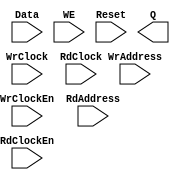
// --------------------------------------------------------------------
// >>>>>>>>>>>>>>>>>>>>>>>>> COPYRIGHT NOTICE <<<<<<<<<<<<<<<<<<<<<<<<<
// --------------------------------------------------------------------
// Copyright (c) 2005 by Lattice Semiconductor Corporation
// --------------------------------------------------------------------
//
//
//                     Lattice Semiconductor Corporation
//                     5555 NE Moore Court
//                     Hillsboro, OR 97214
//                     U.S.A.
//
//                     TEL: 1-800-Lattice  (USA and Canada)
//                          1-408-826-6000 (other locations)
//
//                     web: http://www.latticesemi.com/
//
// --------------------------------------------------------------------
//
// Synthesis Black Box definition for PMI Blocks

module pmi_distributed_dpram 
  #(parameter pmi_addr_depth = 64,
    parameter pmi_addr_width = 6,
    parameter pmi_data_width = 8,
    parameter pmi_regmode = "reg",
    parameter pmi_init_file = "none",
    parameter pmi_init_file_format = "binary",
    parameter pmi_family = "EC",
    parameter module_type = "pmi_distributed_dpram")

    (
    input [(pmi_addr_width-1):0] WrAddress,
    input [(pmi_data_width-1):0] Data,
    input WrClock,
    input WE,
    input WrClockEn,
    input [(pmi_addr_width-1):0] RdAddress,
    input RdClock,
    input RdClockEn,
    input Reset,
    output [(pmi_data_width-1):0] Q)/* synthesis syn_black_box */;

endmodule // pmi_distributed_dpram

module pmi_distributed_rom
  #(parameter pmi_addr_depth = 64,
    parameter pmi_addr_width = 6,
    parameter pmi_data_width = 8,
    parameter pmi_regmode = "reg",
    parameter pmi_init_file = "none",
    parameter pmi_init_file_format = "binary",
    parameter pmi_family = "EC",
    parameter module_type = "pmi_distributed_rom")
    (
     input [(pmi_addr_width-1):0] Address,
     input OutClock,
     input OutClockEn,
     input Reset,
     output [(pmi_data_width-1):0] Q)/* synthesis syn_black_box */;
   
endmodule // pmi_distributed_rom


module pmi_distributed_spram 
  #(parameter pmi_addr_depth = 64,
    parameter pmi_addr_width = 6,
    parameter pmi_data_width = 8,
    parameter pmi_regmode = "reg",
    parameter pmi_init_file = "none",
    parameter pmi_init_file_format = "binary",
    parameter pmi_family = "EC",
    parameter module_type = "pmi_distributed_spram")

    (
     input [(pmi_addr_width-1):0] Address,
     input [(pmi_data_width-1):0] Data,
     input Clock,
     input ClockEn,
     input WE,
     input Reset,
     output [(pmi_data_width-1):0] Q)/* synthesis syn_black_box */;

endmodule // pmi_distributed_spram

module pmi_distributed_shift_reg
  #(parameter pmi_data_width = 16,
    parameter pmi_regmode = "reg",
    parameter pmi_shiftreg_type = "fixed",
    parameter pmi_num_shift = 16,
    parameter pmi_num_width = 4,
    parameter pmi_max_shift = 16,
    parameter pmi_max_width = 4,
    parameter pmi_init_file = "none",
    parameter pmi_init_file_format = "binary",
    parameter pmi_family = "EC",
    parameter module_type = "pmi_distributed_shift_reg")
  
    (
     input [(pmi_data_width-1):0] Din,
     input [(pmi_max_width-1):0] Addr,
     input Clock,
     input ClockEn,
     input Reset,
     output [(pmi_data_width-1):0] Q)/*synthesis syn_black_box*/;

endmodule // pmi_distributed_shift_reg

module pmi_mult #(parameter pmi_dataa_width = 8, 
	       parameter pmi_datab_width = 8,
	       parameter module_type = "pmi_mult",
	       parameter pmi_sign = "on",
	       parameter pmi_additional_pipeline = 1,
	       parameter pmi_input_reg = "on",
	       parameter pmi_output_reg = "on",
	       parameter pmi_family = "ECP2",
	       parameter pmi_implementation = "DSP")

	      (input   [(pmi_dataa_width-1):0]  DataA,
	       input   [(pmi_datab_width-1):0]  DataB,
	       input   Clock, ClkEn, Aclr,
	       output  [(pmi_dataa_width + pmi_datab_width - 1):0]  Result)/*synthesis syn_black_box*/;

endmodule // pmi_mult

module pmi_mac #(parameter pmi_dataa_width = 8,
	       parameter pmi_datab_width = 8,
	       parameter pmi_accum_width = 32,
	       parameter module_type = "pmi_mac",
	       parameter pmi_sign = "on",
	       parameter pmi_additional_pipeline = 1,
	       parameter pmi_add_sub = "add",
	       parameter pmi_input_reg = "on",
	       parameter pmi_family = "ECP2",
	       parameter pmi_implementation = "DSP")

	      (input   [(pmi_dataa_width - 1):0]  DataA,
	       input   [(pmi_datab_width - 1):0]  DataB,
	       input   Clock, ClkEn, Aclr,
	       output  [(pmi_accum_width - 1):0]  Result)/*synthesis syn_black_box*/;

endmodule // pmi_mac

module pmi_multaddsub #(parameter pmi_dataa_width = 8, 
	       parameter pmi_datab_width = 8,
	       parameter module_type = "pmi_multaddsub",
	       parameter pmi_sign = "on",
	       parameter pmi_additional_pipeline = 1,
	       parameter pmi_add_sub = "add",
	       parameter pmi_input_reg = "on",
	       parameter pmi_output_reg = "on",
	       parameter pmi_family = "ECP2",
	       parameter pmi_implementation = "DSP")

	      (input   [(pmi_dataa_width-1):0]  DataA0,
	       input   [(pmi_dataa_width-1):0]  DataA1,
	       input   [(pmi_datab_width-1):0]  DataB0,
	       input   [(pmi_datab_width-1):0]  DataB1,
	       input   Clock, ClkEn, Aclr,
	       output  [(pmi_dataa_width + pmi_datab_width):0]  Result)/*synthesis syn_black_box*/;

endmodule // pmi_multaddsub

module pmi_multaddsubsum #(parameter pmi_dataa_width = 8, 
	       parameter pmi_datab_width = 8,
	       parameter module_type = "pmi_multaddsubsum",
	       parameter pmi_sign = "on",
	       parameter pmi_additional_pipeline = 1,
	       parameter pmi_add_sub0 = "add",
	       parameter pmi_add_sub1 = "add",
	       parameter pmi_input_reg = "on",
	       parameter pmi_output_reg = "on",
	       parameter pmi_family = "ECP2",
	       parameter pmi_implementation = "DSP")

	      (input   [(pmi_dataa_width-1):0]  DataA0,
	       input   [(pmi_dataa_width-1):0]  DataA1,
	       input   [(pmi_dataa_width-1):0]  DataA2,
	       input   [(pmi_dataa_width-1):0]  DataA3,
	       input   [(pmi_datab_width-1):0]  DataB0,
	       input   [(pmi_datab_width-1):0]  DataB1,
	       input   [(pmi_datab_width-1):0]  DataB2,
	       input   [(pmi_datab_width-1):0]  DataB3,
	       input   Clock, ClkEn, Aclr,
	       output  [(pmi_dataa_width + pmi_datab_width + 1):0]  Result)/*synthesis syn_black_box*/;

endmodule // pmi_multaddsubsum

module pmi_add 
  #(parameter pmi_data_width = 8,
    parameter pmi_result_width = 8,
    parameter pmi_sign = "off",
    parameter pmi_family = "EC",
    parameter module_type = "pmi_add"
    )

    (
     input [pmi_data_width-1:0] DataA,
     input [pmi_data_width-1:0] DataB,
     input Cin,
     output [pmi_data_width-1:0] Result,
     output Cout,
     output Overflow)/*synthesis syn_black_box */;
endmodule // pmi_add

module pmi_sub 
  #(parameter pmi_data_width = 8,
    parameter pmi_result_width = 8,
    parameter pmi_sign = "off",
    parameter pmi_family = "EC",
    parameter module_type = "pmi_sub"
    )
    
    (
     input [pmi_data_width-1:0] DataA,
     input [pmi_data_width-1:0] DataB,
     input Cin,
     output [pmi_data_width-1:0] Result,
     output Cout,
     output Overflow)/*synthesis syn_black_box */;
endmodule // pmi_sub

module pmi_counter 
  #(parameter pmi_data_width = 8,
    parameter pmi_updown = "up",
    parameter pmi_family = "EC",
    parameter module_type = "pmi_counter"
    )

  (
   input Clock,
   input Clk_En,
   input Aclr,
   input UpDown,
   output [pmi_data_width-1:0] Q)/*synthesis syn_black_box */;
endmodule // pmi_counter

module pmi_addsub #(parameter pmi_data_width = 8,
		    parameter pmi_result_width = 8,
		    parameter pmi_sign = "off",
		    parameter pmi_family = "EC",
		    parameter module_type = "pmi_addsub"
		    )
  
  (
   input [pmi_data_width-1:0] DataA,
   input [pmi_data_width-1:0] DataB,
   input Cin,
   input Add_Sub,
   output [pmi_data_width-1:0] Result,
   output Cout,
   output Overflow)/*synthesis syn_black_box */;
endmodule // pmi_addsub

module pmi_ram_dp
  #(parameter pmi_wr_addr_depth = 512,
    parameter pmi_wr_addr_width = 9,
    parameter pmi_wr_data_width = 18,
    parameter pmi_rd_addr_depth = 512,
    parameter pmi_rd_addr_width = 9,
    parameter pmi_rd_data_width = 18,
    parameter pmi_regmode = "reg",
    parameter pmi_gsr = "enable",
    parameter pmi_resetmode = "async",
    parameter pmi_init_file = "none",
    parameter pmi_init_file_format = "binary",
    parameter pmi_family = "EC",
    parameter module_type = "pmi_ram_dp")
    
    (input [(pmi_wr_data_width-1):0] Data,
     input [(pmi_wr_addr_width-1):0] WrAddress,
     input [(pmi_rd_addr_width-1):0] RdAddress,
     input  WrClock,
     input  RdClock,
     input  WrClockEn,
     input  RdClockEn,
     input  WE,
     input  Reset,
     output [(pmi_rd_data_width-1):0]  Q);/*synthesis syn_black_box */

endmodule // pmi_ram_dp

module pmi_ram_dp_true
  #(parameter pmi_addr_depth_a = 512,
    parameter pmi_addr_width_a = 9,
    parameter pmi_data_width_a = 18,
    parameter pmi_addr_depth_b = 512,
    parameter pmi_addr_width_b = 9,
    parameter pmi_data_width_b = 18,
    parameter pmi_regmode_a = "reg",
    parameter pmi_regmode_b = "reg",
    parameter pmi_gsr = "enable",
    parameter pmi_resetmode = "async",
    parameter pmi_init_file = "none",
    parameter pmi_init_file_format = "binary",
    parameter pmi_write_mode_a = "normal",
    parameter pmi_write_mode_b = "normal",
    parameter pmi_family = "EC",
    parameter module_type = "pmi_ram_dp_true")
  
    (input [(pmi_data_width_a-1):0]	DataInA,
     input [(pmi_data_width_b-1):0]	DataInB,
     input [(pmi_addr_width_a-1):0] AddressA,
     input [(pmi_addr_width_b-1):0] AddressB,
     input  ClockA,
     input  ClockB,
     input  ClockEnA,
     input  ClockEnB,
     input  WrA,
     input  WrB,
     input  ResetA,
     input  ResetB,
     output [(pmi_data_width_a-1):0]  QA,
     output [(pmi_data_width_b-1):0]  QB)/*synthesis syn_black_box */;
   
endmodule // pmi_ram_dp_true

module pmi_ram_dq
  #(parameter pmi_addr_depth = 512,
    parameter pmi_addr_width = 9,
    parameter pmi_data_width = 18,
    parameter pmi_regmode = "reg",
    parameter pmi_gsr = "enable",
    parameter pmi_resetmode = "async",
    parameter pmi_init_file = "none",
    parameter pmi_init_file_format = "binary",
    parameter pmi_write_mode = "normal",
    parameter pmi_family = "EC",
    parameter module_type = "pmi_ram_dq")
    
    (input [(pmi_data_width-1):0]	Data,
     input [(pmi_addr_width-1):0] Address,
     input  Clock,
     input  ClockEn,
     input  WE,
     input  Reset,
     output [(pmi_data_width-1):0]  Q)/*synthesis syn_black_box*/;
   
endmodule // pmi_ram_dq

module pmi_rom
  #(parameter pmi_addr_depth = 512,
    parameter pmi_addr_width = 9,
    parameter pmi_data_width = 8,
    parameter pmi_regmode = "reg",
    parameter pmi_gsr = "enable",
    parameter pmi_resetmode = "async",
    parameter pmi_init_file = "none",
    parameter pmi_init_file_format = "binary",
    parameter pmi_family = "EC",
    parameter module_type = "pmi_rom")

    (input [(pmi_addr_width-1):0]	Address,
     input OutClock,
     input OutClockEn,
     input Reset,
     output [(pmi_data_width-1):0] Q)/*synthesis syn_black_box*/;

endmodule // pmi_rom

module pmi_fifo_dc #(
		     parameter pmi_data_width_w = 18,
		     parameter pmi_data_width_r = 18,
		     parameter pmi_data_depth_w = 256,
		     parameter pmi_data_depth_r = 256,
		     parameter pmi_full_flag = 256,
		     parameter pmi_empty_flag = 0,
		     parameter pmi_almost_full_flag = 252,
		     parameter pmi_almost_empty_flag = 4,
		     parameter pmi_regmode = "reg",
		     parameter pmi_resetmode = "async",
		     parameter pmi_family = "EC" ,
		     parameter module_type = "pmi_fifo_dc",
			  parameter pmi_implementation = "EBR"
		     )

  (input  [pmi_data_width_w-1:0] Data,
   input WrClock,
   input RdClock,
   input WrEn,
   input RdEn,
   input Reset,
   input RPReset,
   output [pmi_data_width_r-1:0] Q,
   output Empty,
   output Full,
   output AlmostEmpty,
   output AlmostFull)/*synthesis syn_black_box */;

endmodule // pmi_fifo_dc

module pmi_fifo #(
		     parameter pmi_data_width = 8,
		     parameter pmi_data_depth = 256,
		     parameter pmi_full_flag = 256,
		     parameter pmi_empty_flag = 0,
		     parameter pmi_almost_full_flag = 252,
		     parameter pmi_almost_empty_flag = 4,
		     parameter pmi_regmode = "reg",
		     parameter pmi_family = "EC" ,
		     parameter module_type = "pmi_fifo")

  (input  [pmi_data_width-1:0] Data,
   input Clock,
   input WrEn,
   input RdEn,
   input Reset,
   output [pmi_data_width-1:0] Q,
   output Empty,
   output Full,
   output AlmostEmpty,
   output AlmostFull)/*synthesis syn_black_box */;

endmodule // pmi_fifo

module pmi_dsp_mac #(
parameter pmi_dataa_width = 8,
   parameter pmi_datab_width = 8,
   parameter pmi_additional_pipeline = 0,
   parameter pmi_input_reg = "ON",
   parameter pmi_family = "ECP2",
   parameter pmi_gsr = "enable",
   parameter pmi_reg_inputa_clk = "CLK0",
   parameter pmi_reg_inputa_ce = "CE0",
   parameter pmi_reg_inputa_rst = "RST0",
   parameter pmi_reg_inputb_clk = "CLK0",
   parameter pmi_reg_inputb_ce = "CE0",
   parameter pmi_reg_inputb_rst = "RST0",
   parameter pmi_reg_pipeline_clk = "CLK0",
   parameter pmi_reg_pipeline_ce = "CE0",
   parameter pmi_reg_pipeline_rst = "RST0",
   parameter pmi_reg_output_clk = "CLK0",
   parameter pmi_reg_output_ce = "CE0",
   parameter pmi_reg_output_rst = "RST0",
   parameter pmi_reg_signeda_0_clk = "CLK0",
   parameter pmi_reg_signeda_0_ce = "CE0",
   parameter pmi_reg_signeda_0_rst = "RST0",
   parameter pmi_reg_signeda_1_clk = "CLK0",
   parameter pmi_reg_signeda_1_ce = "CE0",
   parameter pmi_reg_signeda_1_rst = "RST0",
   parameter pmi_reg_signedb_0_clk = "CLK0",
   parameter pmi_reg_signedb_0_ce = "CE0",
   parameter pmi_reg_signedb_0_rst = "RST0",
   parameter pmi_reg_signedb_1_clk = "CLK0",
   parameter pmi_reg_signedb_1_ce = "CE0",
   parameter pmi_reg_signedb_1_rst = "RST0",
   parameter pmi_reg_addnsub_0_clk = "CLK0",
   parameter pmi_reg_addnsub_0_ce = "CE0",
   parameter pmi_reg_addnsub_0_rst = "RST0",
   parameter pmi_reg_addnsub_1_clk = "CLK0",
   parameter pmi_reg_addnsub_1_ce = "CE0",
   parameter pmi_reg_addnsub_1_rst = "RST0",
   parameter pmi_reg_accumsload_0_clk = "CLK0",
   parameter pmi_reg_accumsload_0_ce = "CE0",
   parameter pmi_reg_accumsload_0_rst = "RST0",
   parameter pmi_reg_accumsload_1_clk = "CLK0",
   parameter pmi_reg_accumsload_1_ce = "CE0",
   parameter pmi_reg_accumsload_1_rst = "RST0",
   parameter module_type = "pmi_dsp_mac")

  (input [(pmi_dataa_width-1):0]       A,
   input [(pmi_datab_width-1):0]       B,
   input [(pmi_dataa_width-1):0]       SRIA,
   input [(pmi_datab_width-1):0]       SRIB,
   input CLK0,
   input CLK1,
   input CLK2,
   input CLK3,
   input CE0,
   input CE1,
   input CE2,
   input CE3,
   input RST0,
   input RST1,
   input RST2,
   input RST3,
   input SignA,
   input SignB,
   input SourceA,
   input SourceB,
   input ADDNSUB,
   input [((pmi_dataa_width + pmi_datab_width - 1) + 16):0] LD,
   input ACCUMSLOAD,
   output [((pmi_dataa_width + pmi_datab_width - 1) + 16):0] ACCUM,
   output OVERFLOW,
   output [(pmi_dataa_width-1):0]  SROA,
   output [(pmi_datab_width-1):0]  SROB)/*synthesis syn_black_box */;

endmodule // pmi_dsp_mac

module pmi_dsp_mult
 #(parameter pmi_dataa_width = 8,
   parameter pmi_datab_width = 8,
   parameter pmi_additional_pipeline = 0,
   parameter pmi_input_reg = "ON",
   parameter pmi_output_reg = "ON",
   parameter pmi_family = "ECP2",
   parameter pmi_gsr = "enable",
   parameter pmi_reg_inputa_clk = "CLK0",
   parameter pmi_reg_inputa_ce = "CE0",
   parameter pmi_reg_inputa_rst = "RST0",
   parameter pmi_reg_inputb_clk = "CLK0",
   parameter pmi_reg_inputb_ce = "CE0",
   parameter pmi_reg_inputb_rst = "RST0",
   parameter pmi_reg_pipeline_clk = "CLK0",
   parameter pmi_reg_pipeline_ce = "CE0",
   parameter pmi_reg_pipeline_rst = "RST0",
   parameter pmi_reg_output_clk = "CLK0",
   parameter pmi_reg_output_ce = "CE0",
   parameter pmi_reg_output_rst = "RST0",
   parameter pmi_reg_signeda_clk = "CLK0",
   parameter pmi_reg_signeda_ce = "CE0",
   parameter pmi_reg_signeda_rst = "RST0",
   parameter pmi_reg_signedb_clk = "CLK0",
   parameter pmi_reg_signedb_ce = "CE0",
   parameter pmi_reg_signedb_rst = "RST0",
   parameter module_type = "pmi_dsp_mult")

  (input [(pmi_dataa_width-1):0]       A,
   input [(pmi_datab_width-1):0]       B,
   input [(pmi_dataa_width-1):0]       SRIA,
   input [(pmi_datab_width-1):0]       SRIB,
   input CLK0,
   input CLK1,
   input CLK2,
   input CLK3,
   input CE0,
   input CE1,
   input CE2,
   input CE3,
   input RST0,
   input RST1,
   input RST2,
   input RST3,
   input SignA,
   input SignB,
   input SourceA,
   input SourceB,
   output [(pmi_dataa_width + pmi_datab_width - 1):0]  P,
   output [(pmi_dataa_width-1):0]  SROA,
   output [(pmi_datab_width-1):0]  SROB)/*synthesis syn_black_box */;

endmodule //pmi_dsp_mult

module pmi_dsp_multaddsub
 #(parameter pmi_dataa_width = 8,
   parameter pmi_datab_width = 8,
   parameter pmi_additional_pipeline = 0,
   parameter pmi_input_reg = "ON",
   parameter pmi_output_reg = "ON",
   parameter pmi_family = "ECP2",
   parameter pmi_gsr = "enable",
   parameter pmi_reg_inputa0_clk = "CLK0",
   parameter pmi_reg_inputa0_ce = "CE0",
   parameter pmi_reg_inputa0_rst = "RST0",
   parameter pmi_reg_inputa1_clk = "CLK0",
   parameter pmi_reg_inputa1_ce = "CE0",
   parameter pmi_reg_inputa1_rst = "RST0",
   parameter pmi_reg_inputb0_clk = "CLK0",
   parameter pmi_reg_inputb0_ce = "CE0",
   parameter pmi_reg_inputb0_rst = "RST0",
   parameter pmi_reg_inputb1_clk = "CLK0",
   parameter pmi_reg_inputb1_ce = "CE0",
   parameter pmi_reg_inputb1_rst = "RST0",
   parameter pmi_reg_pipeline0_clk = "CLK0",
   parameter pmi_reg_pipeline0_ce = "CE0",
   parameter pmi_reg_pipeline0_rst = "RST0",
   parameter pmi_reg_pipeline1_clk = "CLK0",
   parameter pmi_reg_pipeline1_ce = "CE0",
   parameter pmi_reg_pipeline1_rst = "RST0",
   parameter pmi_reg_output_clk = "CLK0",
   parameter pmi_reg_output_ce = "CE0",
   parameter pmi_reg_output_rst = "RST0",
   parameter pmi_reg_signeda_0_clk = "CLK0",
   parameter pmi_reg_signeda_0_ce = "CE0",
   parameter pmi_reg_signeda_0_rst = "RST0",
   parameter pmi_reg_signeda_1_clk = "CLK0",
   parameter pmi_reg_signeda_1_ce = "CE0",
   parameter pmi_reg_signeda_1_rst = "RST0",
   parameter pmi_reg_signedb_0_clk = "CLK0",
   parameter pmi_reg_signedb_0_ce = "CE0",
   parameter pmi_reg_signedb_0_rst = "RST0",
   parameter pmi_reg_signedb_1_clk = "CLK0",
   parameter pmi_reg_signedb_1_ce = "CE0",
   parameter pmi_reg_signedb_1_rst = "RST0",
   parameter pmi_reg_addnsub_0_clk = "CLK0",
   parameter pmi_reg_addnsub_0_ce = "CE0",
   parameter pmi_reg_addnsub_0_rst = "RST0",
   parameter pmi_reg_addnsub_1_clk = "CLK0",
   parameter pmi_reg_addnsub_1_ce = "CE0",
   parameter pmi_reg_addnsub_1_rst = "RST0",
   parameter module_type = "pmi_dsp_multaddsub")

  (input [(pmi_dataa_width-1):0]       A0, A1,
   input [(pmi_datab_width-1):0]       B0, B1,
   input [(pmi_dataa_width-1):0]       SRIA,
   input [(pmi_datab_width-1):0]       SRIB,
   input CLK0,
   input CLK1,
   input CLK2,
   input CLK3,
   input CE0,
   input CE1,
   input CE2,
   input CE3,
   input RST0,
   input RST1,
   input RST2,
   input RST3,
   input SignA,
   input SignB,
   input SourceA0,
   input SourceA1,
   input SourceB0,
   input SourceB1,
   input ADDNSUB,
   output [(pmi_dataa_width + pmi_datab_width):0]  P,
   output [(pmi_dataa_width-1):0]  SROA,
   output [(pmi_datab_width-1):0]  SROB)/*synthesis syn_black_box */;

endmodule // pmi_dsp_multaddsub

module pmi_dsp_multaddsubsum
 #(parameter pmi_dataa_width = 8,
   parameter pmi_datab_width = 8,
   parameter pmi_additional_pipeline = 0,
   parameter pmi_input_reg = "ON",
   parameter pmi_output_reg = "ON",
   parameter pmi_family = "ECP2",
   parameter pmi_gsr = "enable",
   parameter pmi_reg_inputa0_clk = "CLK0",
   parameter pmi_reg_inputa0_ce = "CE0",
   parameter pmi_reg_inputa0_rst = "RST0",
   parameter pmi_reg_inputa1_clk = "CLK0",
   parameter pmi_reg_inputa1_ce = "CE0",
   parameter pmi_reg_inputa1_rst = "RST0",
   parameter pmi_reg_inputa2_clk = "CLK0",
   parameter pmi_reg_inputa2_ce = "CE0",
   parameter pmi_reg_inputa2_rst = "RST0",
   parameter pmi_reg_inputa3_clk = "CLK0",
   parameter pmi_reg_inputa3_ce = "CE0",
   parameter pmi_reg_inputa3_rst = "RST0",
   parameter pmi_reg_inputb0_clk = "CLK0",
   parameter pmi_reg_inputb0_ce = "CE0",
   parameter pmi_reg_inputb0_rst = "RST0",
   parameter pmi_reg_inputb1_clk = "CLK0",
   parameter pmi_reg_inputb1_ce = "CE0",
   parameter pmi_reg_inputb1_rst = "RST0",
   parameter pmi_reg_inputb2_clk = "CLK0",
   parameter pmi_reg_inputb2_ce = "CE0",
   parameter pmi_reg_inputb2_rst = "RST0",
   parameter pmi_reg_inputb3_clk = "CLK0",
   parameter pmi_reg_inputb3_ce = "CE0",
   parameter pmi_reg_inputb3_rst = "RST0",
   parameter pmi_reg_pipeline0_clk = "CLK0",
   parameter pmi_reg_pipeline0_ce = "CE0",
   parameter pmi_reg_pipeline0_rst = "RST0",
   parameter pmi_reg_pipeline1_clk = "CLK0",
   parameter pmi_reg_pipeline1_ce = "CE0",
   parameter pmi_reg_pipeline1_rst = "RST0",
   parameter pmi_reg_pipeline2_clk = "CLK0",
   parameter pmi_reg_pipeline2_ce = "CE0",
   parameter pmi_reg_pipeline2_rst = "RST0",
   parameter pmi_reg_pipeline3_clk = "CLK0",
   parameter pmi_reg_pipeline3_ce = "CE0",
   parameter pmi_reg_pipeline3_rst = "RST0",
   parameter pmi_reg_output_clk = "CLK0",
   parameter pmi_reg_output_ce = "CE0",
   parameter pmi_reg_output_rst = "RST0",
   parameter pmi_reg_signeda_0_clk = "CLK0",
   parameter pmi_reg_signeda_0_ce = "CE0",
   parameter pmi_reg_signeda_0_rst = "RST0",
   parameter pmi_reg_signeda_1_clk = "CLK0",
   parameter pmi_reg_signeda_1_ce = "CE0",
   parameter pmi_reg_signeda_1_rst = "RST0",
   parameter pmi_reg_signedb_0_clk = "CLK0",
   parameter pmi_reg_signedb_0_ce = "CE0",
   parameter pmi_reg_signedb_0_rst = "RST0",
   parameter pmi_reg_signedb_1_clk = "CLK0",
   parameter pmi_reg_signedb_1_ce = "CE0",
   parameter pmi_reg_signedb_1_rst = "RST0",
   parameter pmi_reg_addnsub1_0_clk = "CLK0",
   parameter pmi_reg_addnsub1_0_ce = "CE0",
   parameter pmi_reg_addnsub1_0_rst = "RST0",
   parameter pmi_reg_addnsub1_1_clk = "CLK0",
   parameter pmi_reg_addnsub1_1_ce = "CE0",
   parameter pmi_reg_addnsub1_1_rst = "RST0",
   parameter pmi_reg_addnsub3_0_clk = "CLK0",
   parameter pmi_reg_addnsub3_0_ce = "CE0",
   parameter pmi_reg_addnsub3_0_rst = "RST0",
   parameter pmi_reg_addnsub3_1_clk = "CLK0",
   parameter pmi_reg_addnsub3_1_ce = "CE0",
   parameter pmi_reg_addnsub3_1_rst = "RST0",
   parameter module_type = "pmi_dsp_multaddsubsum")

  (input [(pmi_dataa_width-1):0]       A0, A1, A2, A3,
   input [(pmi_datab_width-1):0]       B0, B1, B2, B3,
   input [(pmi_dataa_width-1):0]       SRIA,
   input [(pmi_datab_width-1):0]       SRIB,
   input CLK0,
   input CLK1,
   input CLK2,
   input CLK3,
   input CE0,
   input CE1,
   input CE2,
   input CE3,
   input RST0,
   input RST1,
   input RST2,
   input RST3,
   input SignA,
   input SignB,
   input SourceA0,
   input SourceA1,
   input SourceA2,
   input SourceA3,
   input SourceB0,
   input SourceB1,
   input SourceB2,
   input SourceB3,
   input ADDNSUB1,
   input ADDNSUB3,
   output [(pmi_dataa_width + pmi_datab_width + 1):0]  P,
   output [(pmi_dataa_width-1):0]  SROA,
   output [(pmi_datab_width-1):0]  SROB)/*synthesis syn_black_box */;

endmodule //pmi_dsp_multaddsubsum